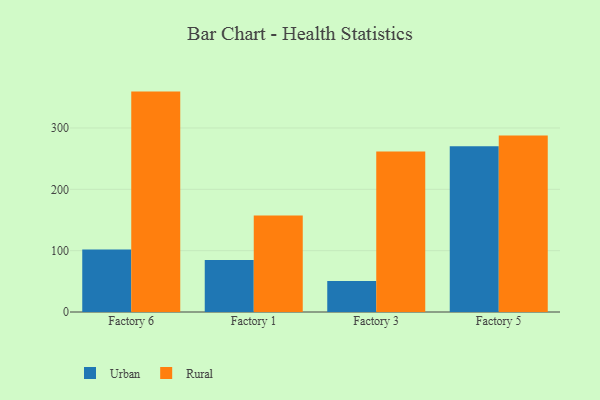
{"axis": {"x": "Factory", "y": "Headcount"}, "legend": ["Rural", "Urban"], "data": [{"x": "Factory 6", "y": 101.8, "type": "Urban"}, {"x": "Factory 6", "y": 359.3, "type": "Rural"}, {"x": "Factory 1", "y": 84.7, "type": "Urban"}, {"x": "Factory 1", "y": 157.2, "type": "Rural"}, {"x": "Factory 3", "y": 50.5, "type": "Urban"}, {"x": "Factory 3", "y": 261.8, "type": "Rural"}, {"x": "Factory 5", "y": 270.3, "type": "Urban"}, {"x": "Factory 5", "y": 287.8, "type": "Rural"}]}